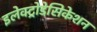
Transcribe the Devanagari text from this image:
इलेक्ट्रोडेसिकेशन